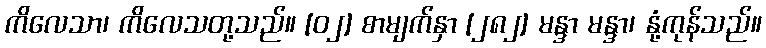
ကိလေသာ၊ ကိလေသတု့သည်။ [၀၂] စာမျက်နှာ [၂၈၂] မန္ဒာ မန္ဒာ၊ နုံ့ကုန်သည်။